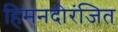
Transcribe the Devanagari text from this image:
हिमनदीरंजित